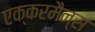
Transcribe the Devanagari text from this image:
एक्करमैन्स